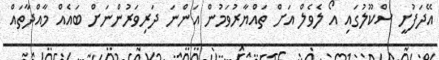
އޭދަފުށީ ސްކޫލުގައި އޯ ލެވެލް އަށް ތައްޔާރުވަމުން އަންނަ ދަރިވަރުންނަށް ބައެއް މާއްދާތައް